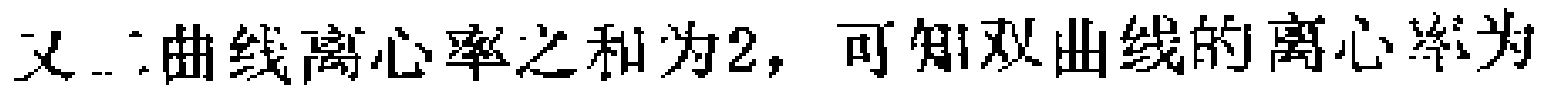
又二曲线离心率之和为2，可知双曲线的离心率为